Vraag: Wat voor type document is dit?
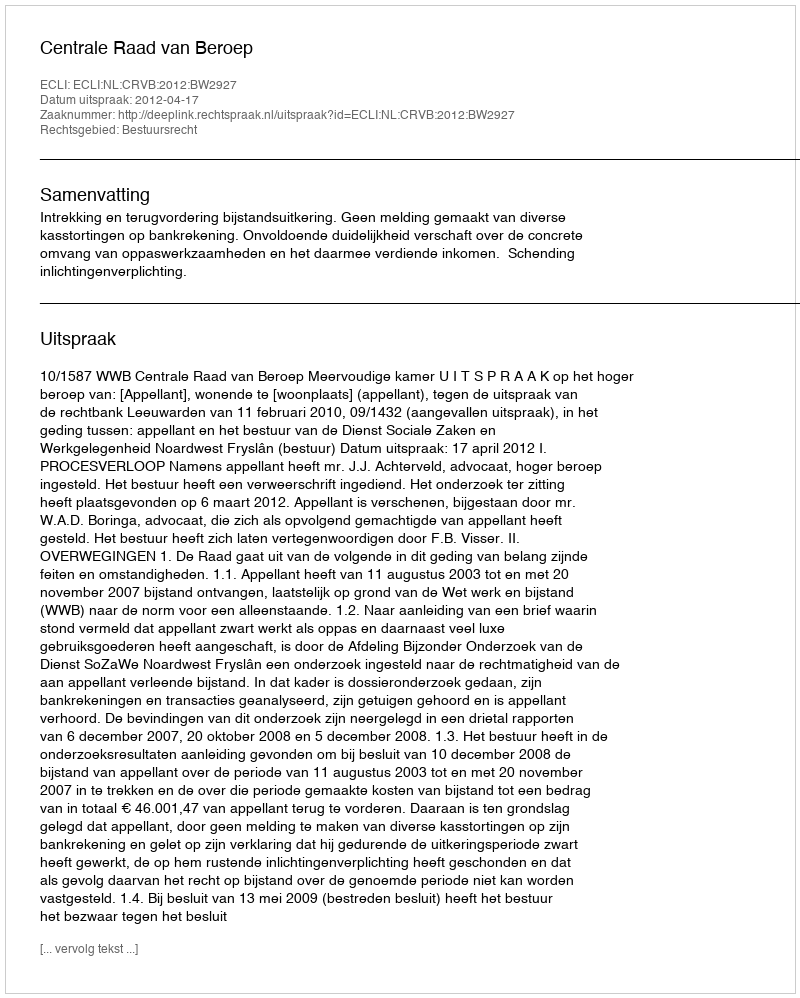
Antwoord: Uitspraak